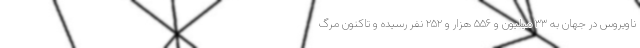
ناویروس در جهان به ۳۳ میلیون و ۵۵۶ هزار و ۲۵۲ نفر رسیده و تاکنون مرگ